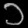
Digit: ၁